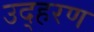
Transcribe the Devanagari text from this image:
उद्हरण